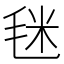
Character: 毩